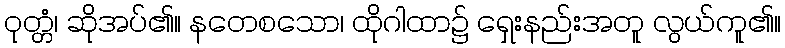
ဝုတ္တံ၊ ဆိုအပ်၏။ နတေစသော၊ ထိုဂါထာ၌ ရှေးနည်းအတူ လွယ်ကူ၏။